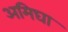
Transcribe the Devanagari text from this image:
अमिघा